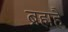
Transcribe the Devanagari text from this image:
ब्रह्महै